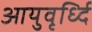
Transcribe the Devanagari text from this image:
आयुवृर्ध्दि